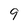
Character: 9